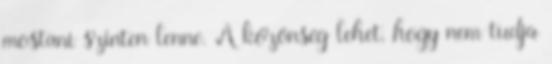
mostani szinten lenne. A közönség lehet, hogy nem tudja